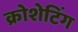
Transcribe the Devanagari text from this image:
क्रोशेटिंग